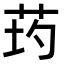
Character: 𦮢